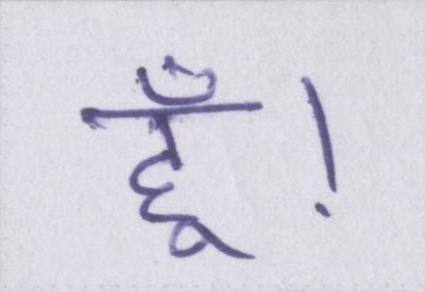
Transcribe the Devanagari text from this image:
हूँ।